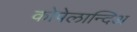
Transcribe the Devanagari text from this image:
कोपेलान्दिअ